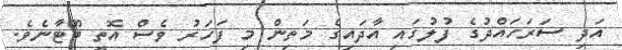
އަދި ސަރަހައްދުގެ ފުލުގައި އާދައިގެ މަތިން މި ފަހަރު ވެސް އޮތީ ބޫޓާނެވެ.